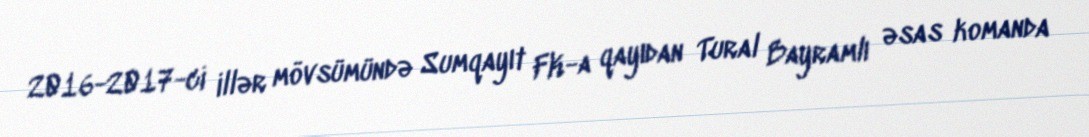
2016-2017-ci illər mövsümündə Sumqayıt FK-a qayıdan Tural Bayramlı əsas komanda